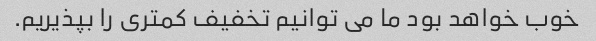
خوب خواهد بود ما می توانیم تخفیف کمتری را بپذیریم.